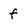
Character: f